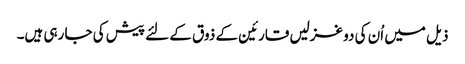
ذیل میں اُن کی دو غزلیں قارئین کے ذوق کے لئے پیش کی جا رہی ہیں۔